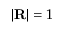
| \mathbf { R } | = 1